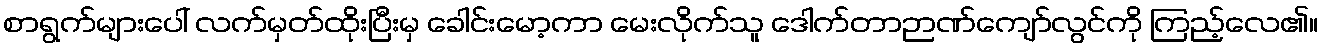
စာရွက်များပေါ် လက်မှတ်ထိုးပြီးမှ ခေါင်းမော့ကာ မေးလိုက်သူ ဒေါက်တာဉာဏ်ကျော်လွင်ကို ကြည့်လေ၏။